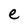
Character: e